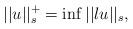
LaTeX: \begin{align*}||u||^+_s=\inf ||lu||_s,\end{align*}